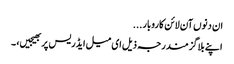
ان دنوں آن لائن کاروبار...
اپنے بلاگز مندرجہ ذیل ای میل ایڈریس پر بھیجیں، ۔